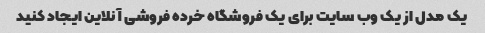
یک مدل از یک وب سایت برای یک فروشگاه خرده فروشی آنلاین ایجاد کنید